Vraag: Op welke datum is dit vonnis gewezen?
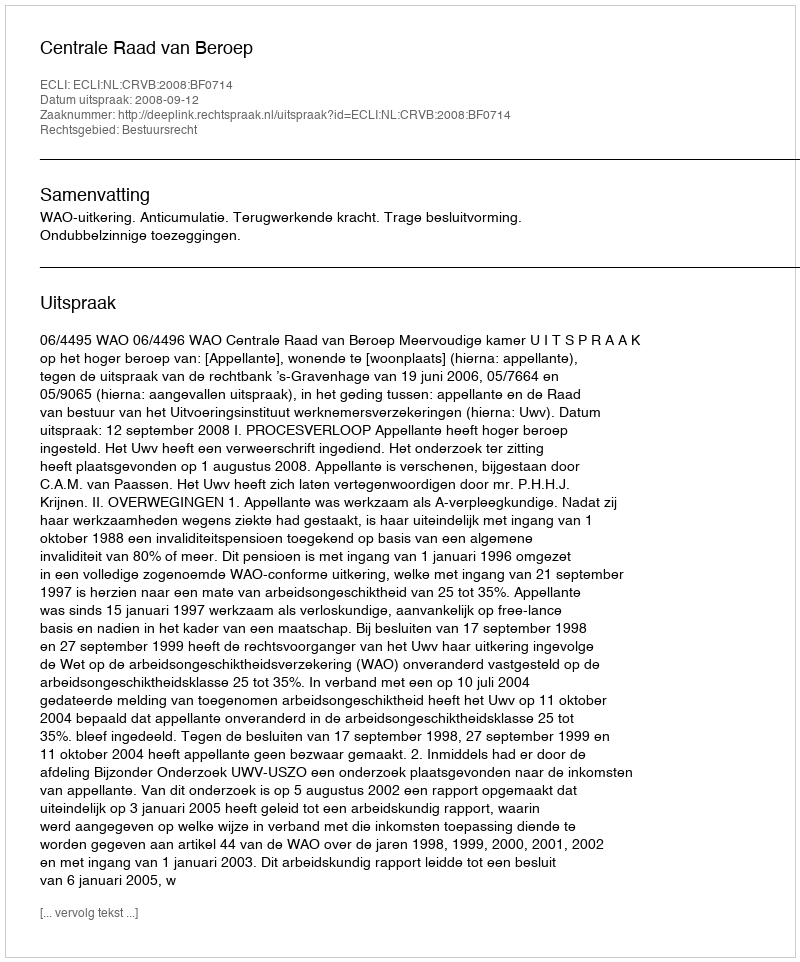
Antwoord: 2008-09-12